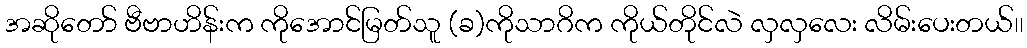
အဆိုတော် ဗီဗာဟိန်းက ကိုအောင်မြတ်သူ (ခ)ကိုသာဂိက ကိုယ်တိုင်လဲ လှလှလေး လိမ်းပေးတယ်၊၊